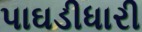
પાઘડીધારી